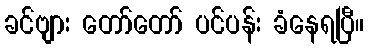
ခင်ဗျား တော်တော် ပင်ပန်း ခံနေရပြီ။